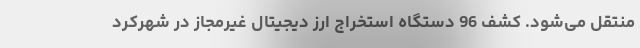
منتقل می‌شود. کشف 96 دستگاه استخراج ارز دیجیتال غیرمجاز در شهرکرد